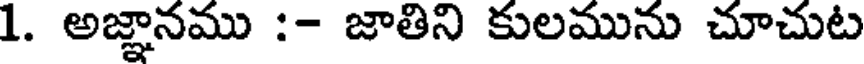
1. అజ్ఞానము :- జాతిని కులమును చూచుట